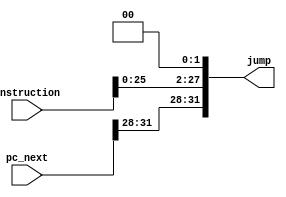
//jump address
//left shift 26 bit immediate field and concatenate with upper 4 bits of PC+4

module jump_addr (
    input [31:0] instruction,
    input [31:0] pc_next,
    output [31:0] jump
);

assign jump = {pc_next[31:28], instruction[25:0], 2'b0};

endmodule